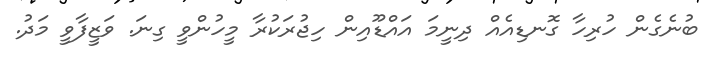
ބުނެގެން ހުރިހާ ގޮނޑިއެއް ދިނީމަ އައްޑޫއިން ހިޖުރަކުރާ މީހުންވީ ގިނަ. ވަޒީފާވީ މަދު.